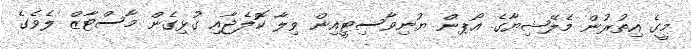
މީގެ އިތުރުން މެލޭޝިޔާގެ އޯޕން ޔުނިވާސިޓީއިން ވިލާ ކޮލެޖާއި ގުޅިގެން މާސްޓާޒް ލެވެގެ